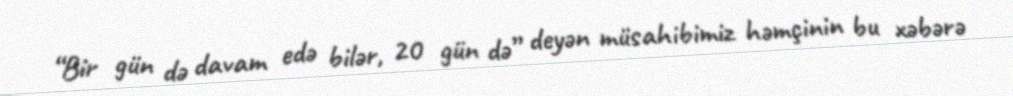
“Bir gün də davam edə bilər, 20 gün də” deyən müsahibimiz həmçinin bu xəbərə